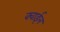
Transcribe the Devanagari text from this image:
क्वाईल